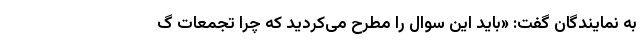
به نمایندگان گفت: «باید این سوال را مطرح می‌کردید که چرا تجمعات گ